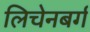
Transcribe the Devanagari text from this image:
लिचेनबर्ग